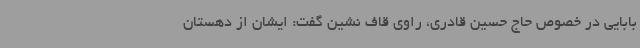
بابایی در خصوص حاج حسین قادری، راوی قاف نشین گفت: ایشان از دهستان